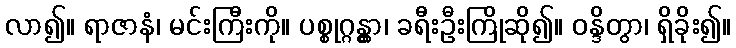
လာ၍။ ရာဇာနံ၊ မင်းကြီးကို။ ပစ္စုဂ္ဂန္တွာ၊ ခရီးဦးကြိုဆို၍။ ဝန္ဒိတွာ၊ ရှိခိုး၍။